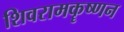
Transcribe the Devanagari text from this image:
शिवरामकॄष्णन